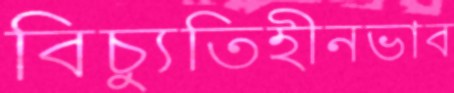
বিচ্যুতিহীনভাব